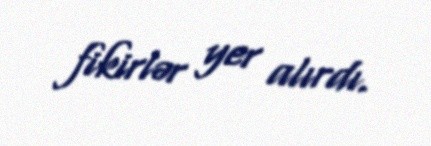
fikirlər yer alırdı.